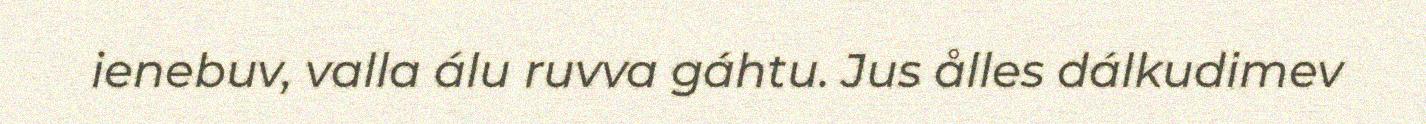
ienebuv, valla álu ruvva gáhtu. Jus ålles dálkudimev